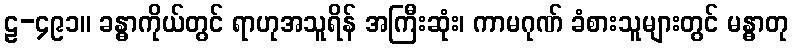
ဠ-၄၉၁။ ခန္ဓာကိုယ်တွင် ရာဟုအသူရိန် အကြီးဆုံး၊ ကာမဂုဏ် ခံစားသူများတွင် မန္ဓာတု